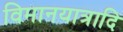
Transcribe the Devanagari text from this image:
विमानयात्रादि